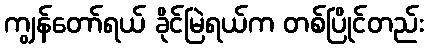
ကျွန်တော်ရယ် ခိုင်မြဲရယ်က တစ်ပြိုင်တည်း